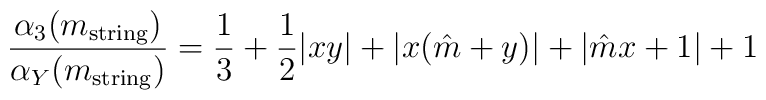
\frac{\alpha_3(m_{\rm string})}{\alpha_Y(m_{\rm string})}=\frac{1}{3}+\frac{1}{2}|xy|+|x(\hat{m}+y)| + |\hat{m}x+1| +1